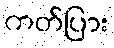
ကတ်ပြား